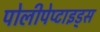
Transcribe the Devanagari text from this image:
पोलीपेप्टाइड्स